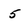
Character: 5